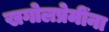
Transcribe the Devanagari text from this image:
खगोलप्रेमींना